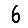
Digit: 6